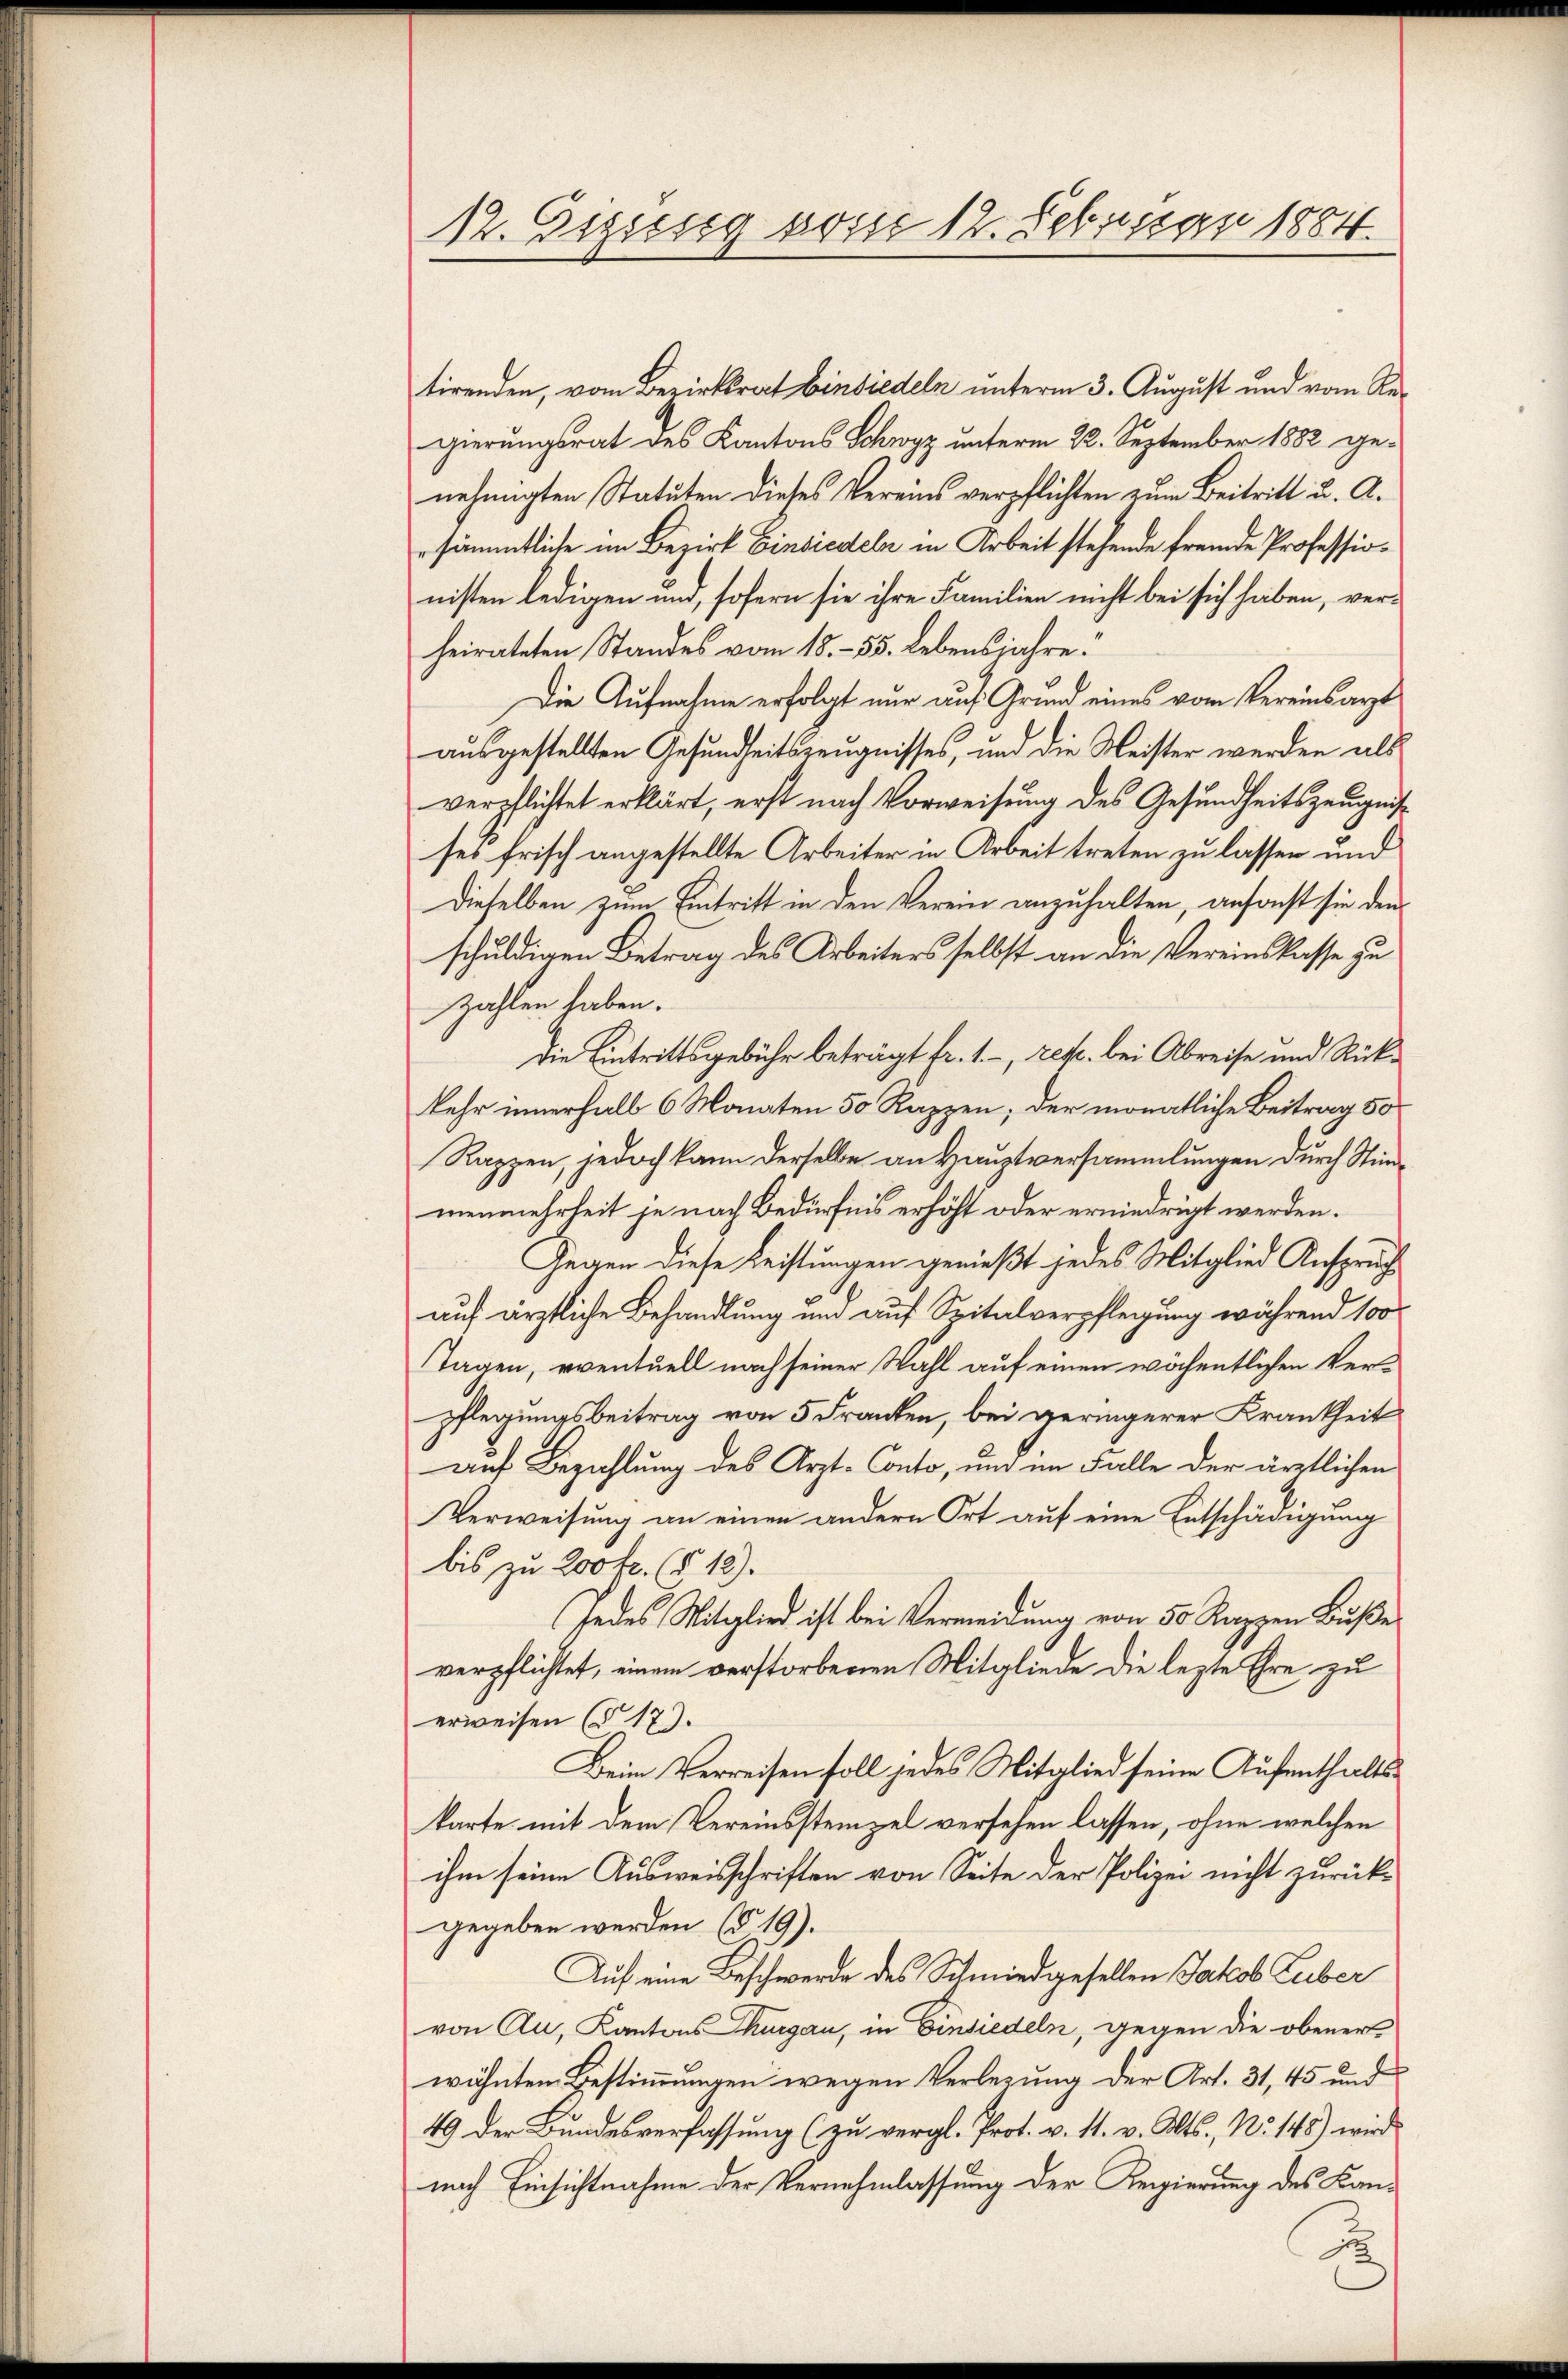
12. Dissesig vom 12. Februar 1884.

tirenden, vom Bezirksrat Einsiedeln unterm 3. August und vom Regierungsrat des Kantons Schwyz unterm 22. September 1882 genehmigten Statuten dieses Vereins verpflichten zum Beitritt u. A.
sämmtliche im Bezirk Einsiedeln in Arbeit stehende fremde Professionisten ledigen und, sofern sie ihre Familien nicht bei sich haben, verheirateten Standes vom 18. – 55. Lebensjahre.
Die Aufnahme erfolgt nur auf Grund eines vom Vereinsarzt
ausgestellten Gesundheitszeugnisses, und die Meister werden als
verpflichtet erklärt, erst nach Vorweisung des Gesundheitszeugniß
ses frisch angestellte Arbeiter in Arbeit treten zu lassen und
Dieselben zum Eintritt in den Verein anzuhalten, ansonst sie den
schuldigen Betrag des Arbeiters selbst an die Vereinskasse zu
zahlen haben.
Die Eintrittsgebühr beträgt fr. 1.-, rez. bei Abreise und Rückkehr innerhalb 6 Monaten 50 Rappen; der monatliche Beitrag 50
Rappen, jedoch kann derselbe an Hauptversammlungen durch Stimmenmehrheit je nach Bedürfnis erhöht oder erniedrigt werden.
Gegen diese Leistungen genießt jedes Mitglied Anspruche
auf ärztliche Behandlung und auf Spitalverpflegung während 100
Tagen, eventuell nach seiner Wahl auf einen wöchentlichen Verpflegungsbeitrag von 5 Franken, bei geringerer Krankheit
auf Bezahlung des Arzt-Conto, und im Falle der ärztlichen
Verweisung an einen andern Ort auf eine Entschädigung
bis zu 200 fr. (§ 12).
Jedes Mitglied ist bei Vermeidung von 50 Rappen Buße
verpflichtet, einem verstorbenen Mitgliede die lezte Ehre zu
erweisen (§ 17).
Beim Verreisen soll jedes Mitglied seine Aufenthaltskarte mit dem Vereinssteinzel versehen lassen, ohne welchen
ihm seine Ausweisschriften von Seite der Polizei nicht zurück-
gegeben werden (§ 19).
Auf eine Beschwerde des Schmiedgesellen Jakob Luber
von Au, Kantons Thurgau, in Einsiedeln, gegen die obener
wähnten Bestimmungen wegen Verlegung der Art. 31, 45 und
49 der Bundesverfassung (zu vergl. Prot. v. 11. v. Mts., No. 148) wird
nach Einsichtnahme der Vernehmlassung der Regierung des Kan¬